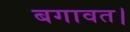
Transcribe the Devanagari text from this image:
बगावत।